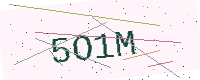
Text: 5O1M